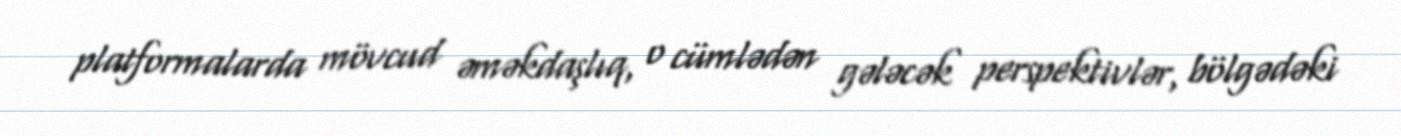
platformalarda mövcud əməkdaşlıq, o cümlədən gələcək perspektivlər, bölgədəki